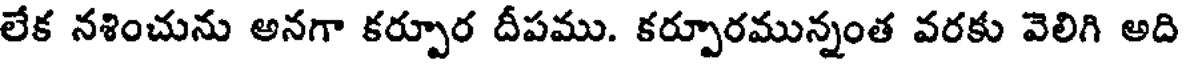
లేక నశించును అనగా కర్పూర దీపము. కర్పూరమున్నంత వరకు వెలిగి అది